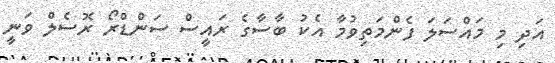
އަދި މި މައްސަލަ ފެންމަތިވުމާ އެކު ބާސާގެ ރައީސް ސަންޑްރޯ ރޮސެލް ވަނީ